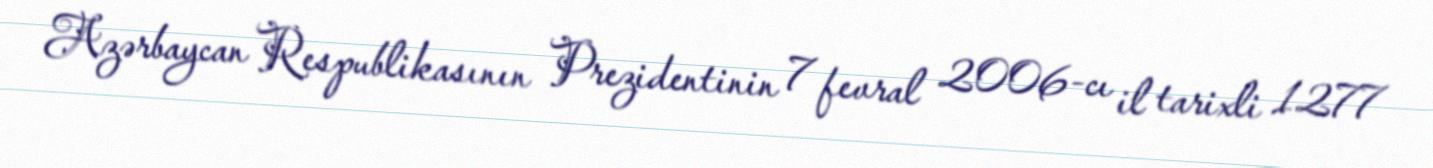
Azərbaycan Respublikasının Prezidentinin 7 fevral 2006-cı il tarixli 1277